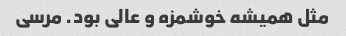
مثل همیشه خوشمزه و عالی بود. مرسی